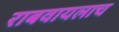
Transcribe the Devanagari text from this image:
राबवायलाच